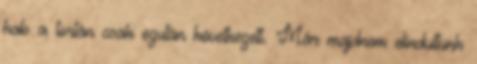
hab a tortán csak ezután következett. Már majdnem elindultunk